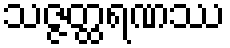
သဇ္ဇတ္ထရဏဿ